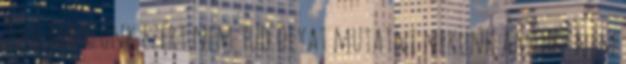
foglalkozunk ezért nem tud olyat mutatni nekünk amihez nem